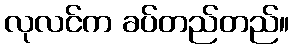
လုလင်က ခပ်တည်တည်။